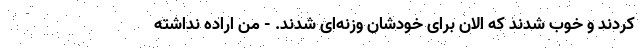
کردند و خوب شدند که الان برای خودشان وزنه‌ای شدند. - من اراده نداشته